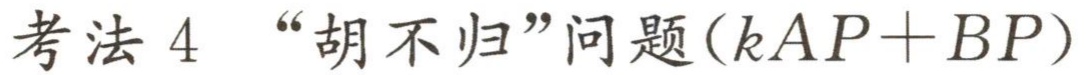
考法 4 “胡不归”问题\((kAP + BP)\)